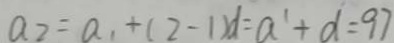
a _ { 2 } = a _ { 1 } + ( 2 - 1 ) d = a ^ { 1 } + d = 9 7